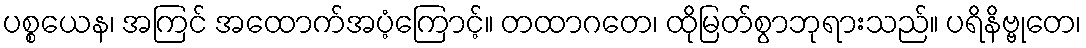
ပစ္စယေန၊ အကြင် အထောက်အပံ့ကြောင့်။ တထာဂတေ၊ ထိုမြတ်စွာဘုရားသည်။ ပရိနိဗ္ဗုတေ၊